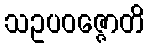
သဥပဝဇ္ဇောတိ